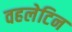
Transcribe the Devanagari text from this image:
वहलेटिन